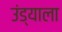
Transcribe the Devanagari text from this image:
उंड्याला